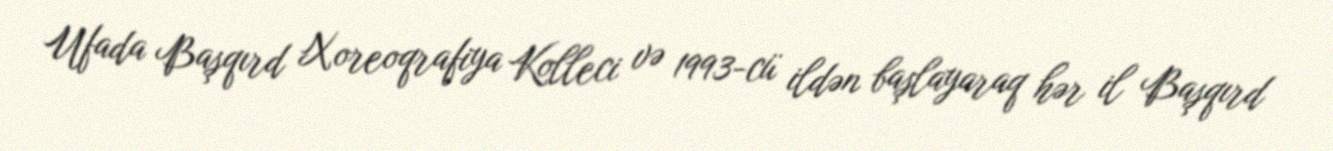
Ufada Başqırd Xoreoqrafiya Kolleci və 1993-cü ildən başlayaraq hər il Başqırd